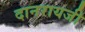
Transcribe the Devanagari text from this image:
दानरायजी